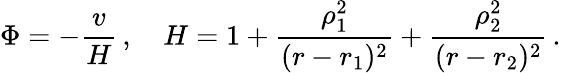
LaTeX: \Phi=-\frac{v}{H}\, ,\quad H=1+\frac{\rho_{1}^{2}}{(r-r_{1})^{2}}+\frac{\rho_{2}^{2}}{(r-r_{2})^{2}}\, .